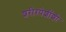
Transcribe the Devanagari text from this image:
शरीरपेशींशी